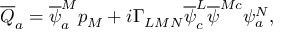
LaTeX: \overline { { { Q } } } _ { a } = \overline { { { \psi } } } _ { a } ^ { M } p _ { M } + i \Gamma _ { L M N } \overline { { { \psi } } } _ { c } ^ { L } \overline { { { \psi } } } ^ { M c } \psi _ { a } ^ { N } ,